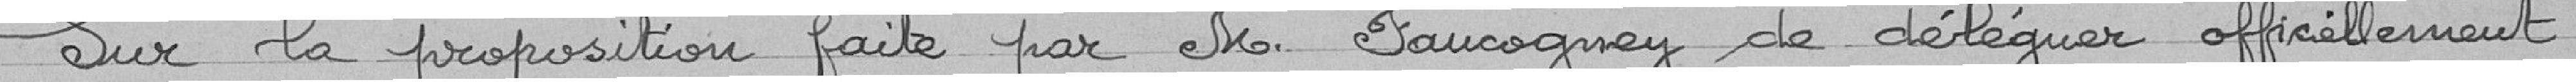
Sur la proposition faite par Monsieur FAUCOGNEY de déléguer officiellement